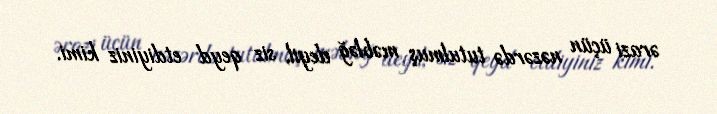
ərazi üçün nəzərdə tutulmuş məbləğ deyil, siz qeyd etdiyiniz kimi.